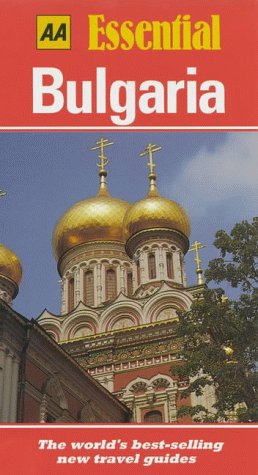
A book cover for Essential Bulgaria (AA Essential); David Ash; Travel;